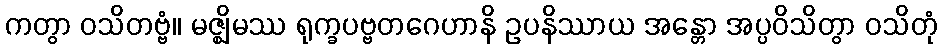
ကတွာ ဝသိတဗ္ဗံ။ မဇ္ဈိမဿ ရုက္ခပဗ္ဗတဂေဟာနိ ဥပနိဿာယ အန္တော အပ္ပဝိသိတွာ ဝသိတုံ